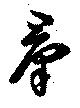
群